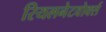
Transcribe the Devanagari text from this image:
रियलनेटवोर्क्स